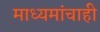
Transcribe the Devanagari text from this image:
माध्यमांचाही